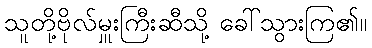
သူတို့ဗိုလ်မှူးကြီးဆီသို့ ခေါ်သွားကြ၏။